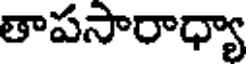
తాపసారాధ్యా